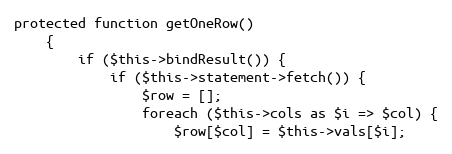
Language: PHP
protected function getOneRow()
    {
        if ($this->bindResult()) {
            if ($this->statement->fetch()) {
                $row = [];
                foreach ($this->cols as $i => $col) {
                    $row[$col] = $this->vals[$i];